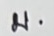
บ.